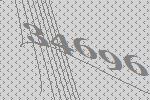
34696